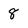
Character: 8